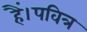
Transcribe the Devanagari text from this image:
हैं।पवित्र